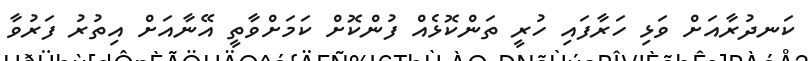
ކަނދުރާއަށް ވަޅި ހަރާފައި ހުރީ ތަންކޮޅެއް ފުންކޮށް ކަމަށްވާތީ އޭނާއަށް އިތުރު ފަރުވާ